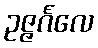
ဥဇ္ဇင်္ဂလေ